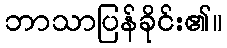
ဘာသာပြန်ခိုင်း၏။